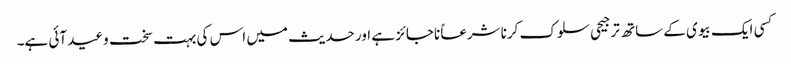
کسی ایک بیوی کے ساتھ ترجیحی سلوک کرنا شرعاً ناجائز ہے اور حدیث میں اس کی بہت سخت وعید آئی ہے۔